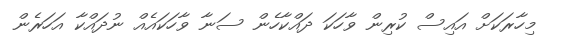
މިހާރަކަށް އައިސް ކުރިން ވާހަކަ ދައްކާހެން ސަނާ ވާހަކައެއް ނުދައްކާ އަހަރެން